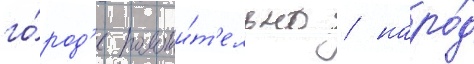
го́род'е положи́т'ельно / наро́д